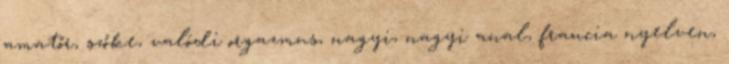
amatőr, szőke, valódi orgazmus, nagyi, nagyi anal, francia nyelven,